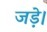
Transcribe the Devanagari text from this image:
जड़े।